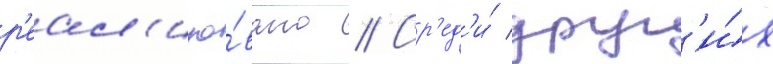
р'еал'изо́вано // Ср'ед'и́ друг'и́х